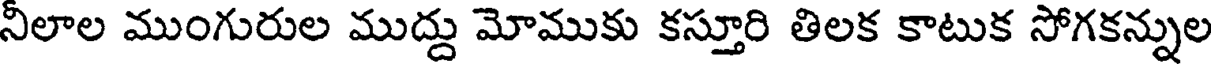
నీలాల ముంగురుల ముద్దు మోముకు కస్తూరి తిలక కాటుక సోగకన్నుల